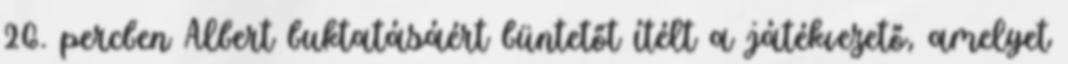
26. percben Albert buktatásáért büntetőt ítélt a játékvezető, amelyet